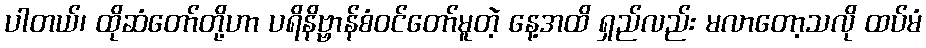
ပါတယ်၊ ထိုဆံတော်တို့ဟာ ပရိနိဗ္ဗာန်စံဝင်တော်မူတဲ့ နေ့အထိ ရှည်လည်း မလာတော့သလို ထပ်မံ